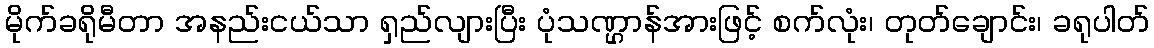
မိုက်ခရိုမီတာ အနည်းငယ်သာ ရှည်လျားပြီး ပုံသဏ္ဌာန်အားဖြင့် စက်လုံး၊ တုတ်ချောင်း၊ ခရုပါတ်